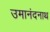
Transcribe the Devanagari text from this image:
उमानंदनाथ